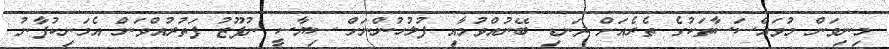
މިނިވަން މުވައްސަސާތަކުގެ ތެރެއަށް ދަނޑި ބޭނުއްވުމާއި ފުލުހުންނަށް ސިޔާސީ ނުފޫޒު ފަތުރުއްވަން އެމަނިކުފާނު